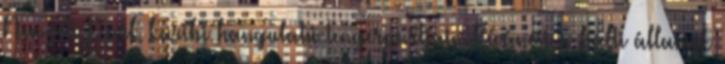
Nemzeti Park karibi hangulatú tengerpartjain Kíváncsi a balti államok